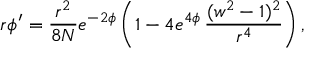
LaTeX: r \phi ^ { \prime } = \frac { r ^ { 2 } } { 8 N } e ^ { - 2 \phi } \left( 1 - 4 e ^ { 4 \phi } \, \frac { ( w ^ { 2 } - 1 ) ^ { 2 } } { r ^ { 4 } } \right) ,